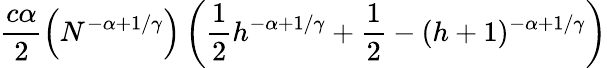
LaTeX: \frac{c\alpha}{2}\left(N^{-\alpha+1/\gamma}\right)\left(\frac{1}{2}h^{-\alpha+1/\gamma}+\frac{1}{2}-(h+1)^{-\alpha+1/\gamma}\right)